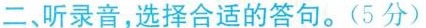
二、听录音,选择合适的答句.(5分)